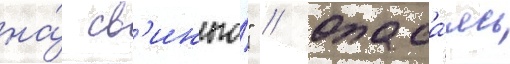
на́ св'инью́" // Опаса́ясь